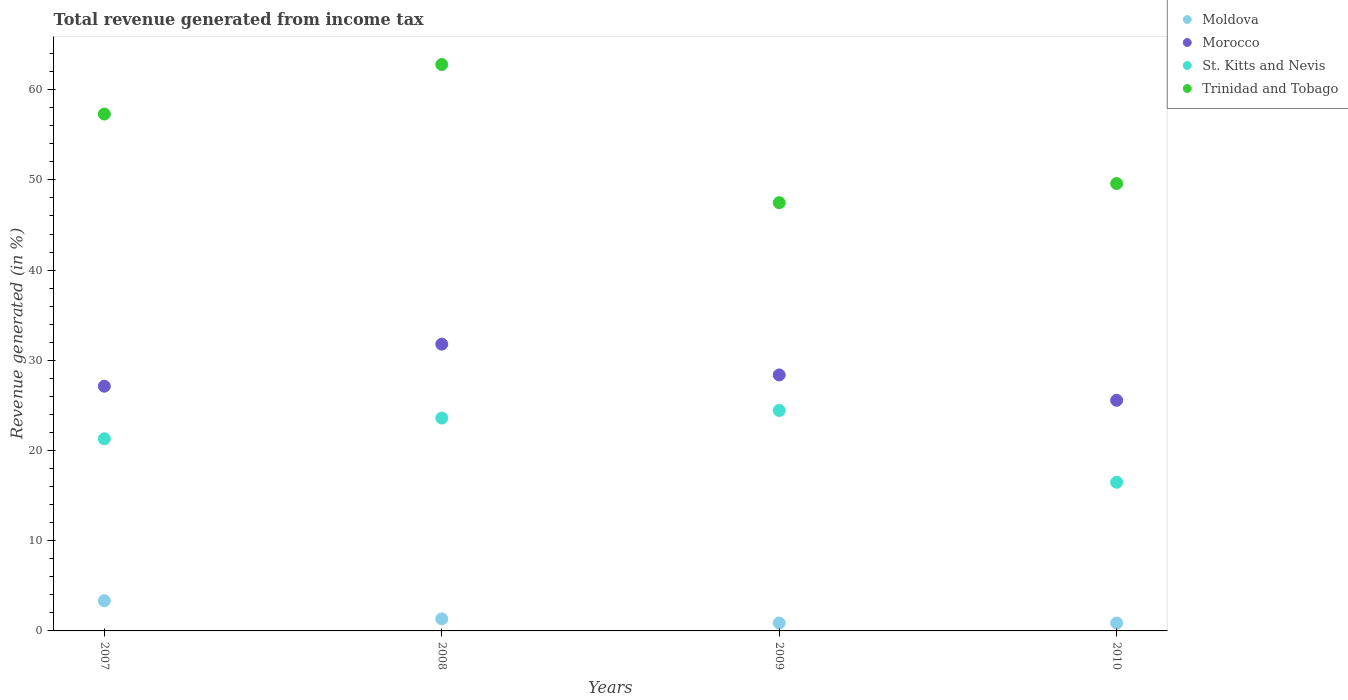
| Years | Moldova | Morocco | St. Kitts and Nevis | Trinidad and Tobago |
 | --- | --- | --- | --- | --- |
 | 2007 | 3.35 | 27.1 | 21.3 | 57.3 |
 | 2008 | 1.34 | 31.8 | 23.6 | 62.8 |
 | 2009 | 0.877 | 28.4 | 24.4 | 47.5 |
 | 2010 | 0.874 | 25.6 | 16.5 | 49.6 |